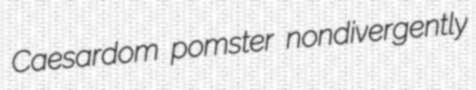
Caesardom pomster nondivergently